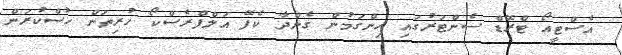
އެސްޓީއޯ ޓްރޭޑް ސެންޓަރުގައި ހިންގަމުން ގެންދާ ކެފޭ އަލްފްރެސްކޯ ހުރިތަން ހުސްކުރަން